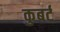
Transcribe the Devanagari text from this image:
कुबर्ट